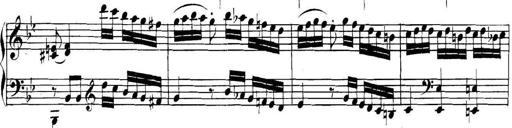
Title: Collected Piano Sonatas
Composer: Muzio Clementi